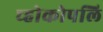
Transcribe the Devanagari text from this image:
च्होकोपलि